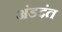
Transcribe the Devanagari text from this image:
अंडदंत